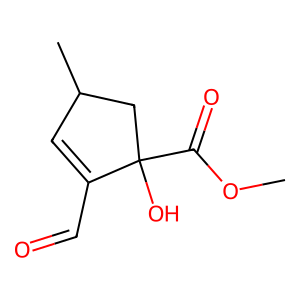
SMILES: COC(=O)C1(O)CC(C)C=C1C=O
Inhibits HIV replication: No